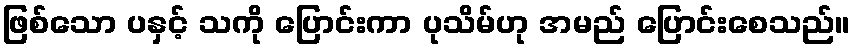
ဖြစ်သော ပနှင့် သကို ပြောင်းကာ ပုသိမ်ဟု အမည် ပြောင်းစေသည်။